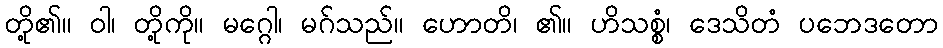
တို့၏။ ဝါ၊ တို့ကို။ မဂ္ဂေါ၊ မဂ်သည်။ ဟောတိ၊ ၏။ ဟိသစ္စံ၊ ဒေသိတံ ပဘေဒတော